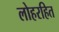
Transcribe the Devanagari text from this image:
लोहरहित